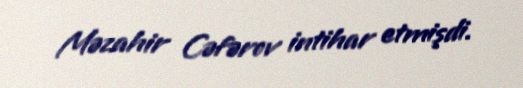
Məzahir Cəfərov intihar etmişdi.